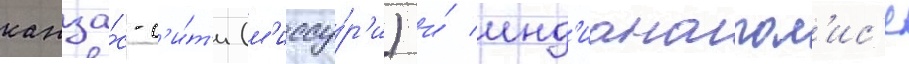
канза́с-с'и́т'и (м'иссу́р'и) и́ инд'ианапол'ис'е